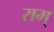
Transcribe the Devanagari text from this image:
राम्‌